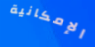
الإمكانية